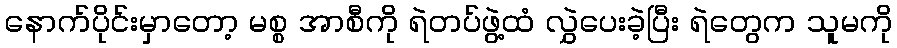
နောက်ပိုင်းမှာတော့ မစ္စ အာစီကို ရဲတပ်ဖွဲ့ထံ လွှဲပေးခဲ့ပြီး ရဲတွေက သူမကို